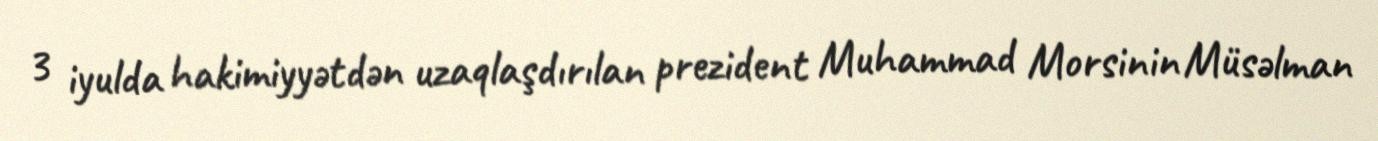
3 iyulda hakimiyyətdən uzaqlaşdırılan prezident Muhammad Morsinin Müsəlman